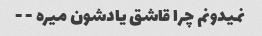
نمیدونم چرا قاشق یادشون میره - -